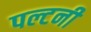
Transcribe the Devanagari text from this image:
पल्टनी